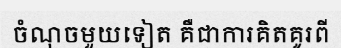
ចំណុចមួយទៀត គឺជាការគិតគូរពី